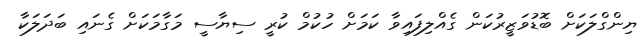
ޔިންގްލަކަށް ބޮޑުވަޒީރުކަން ގެއްލިފައިވާ ކަމަށް ހުކުމް ކުރީ ސިޔާސީ މަގާމަކަށް ގެނައި ބަދަލަކާ